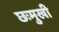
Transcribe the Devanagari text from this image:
छःमुखी